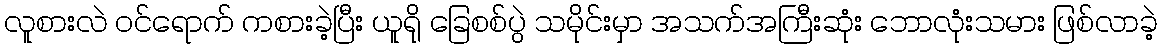
လူစားလဲ ဝင်ရောက် ကစားခဲ့ပြီး ယူရို ခြေစစ်ပွဲ သမိုင်းမှာ အသက်အကြီးဆုံး ဘောလုံးသမား ဖြစ်လာခဲ့